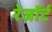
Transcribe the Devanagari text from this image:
रेजॉर्ट